Civil Veterinary Department. United Provinces 1932-42 - 1932-1942
Year: 1932
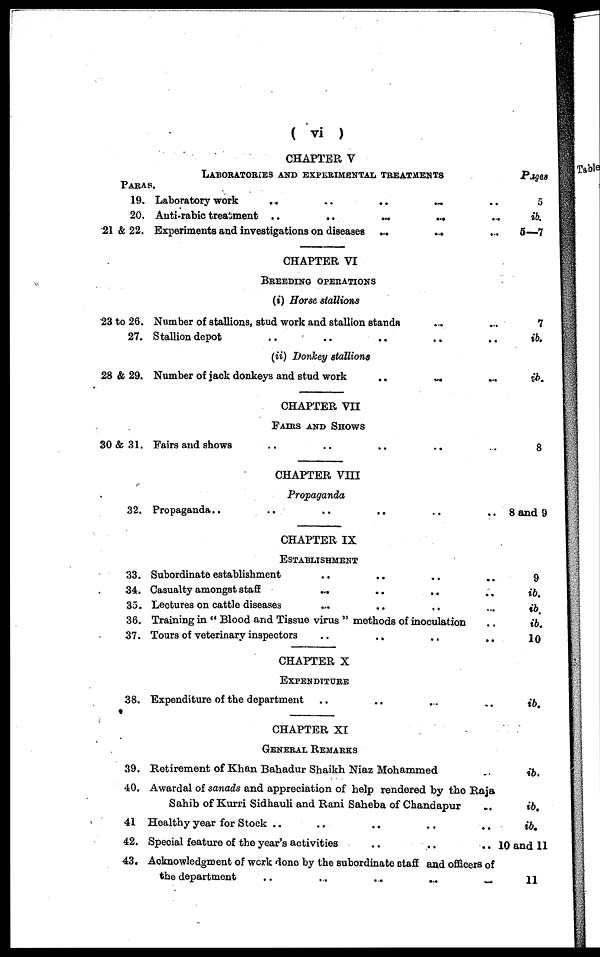
( vi )
PARAS.
19.
20.
21 & 22.
23 to 26.
27.
28 & 29.
30 & 31.
32.
33.
34.
33.
36.
37.
38.
39.
40.
41
42.
43.
CHAPTER V
LABORATORIES AND EXPERIMENTAL TREATMENTS
Laboratory work
...
..
..
..
..
Anti-rabic treatment ..
..
...
...
Experiments and investigations on diseases ...
...
CHAPTER VI
BREEDING OPERATIONS
(i) Horse stallions
Number of stallions, stud work and stallion stands .. ..
Stallion depot .. .. .. .. ..
(ii) Donkey stallions
Number of jack donkeys and stud work .. .. ..
CHAPTER VII
FAIRS AND SHOWS
Fairs and shows .. .. .. .. ..
CHAPTER VIII
Propaganda
Propaganda .. .. ..
CHAPTER IX
ESTABLISHMENT
Subordinate establishment .. .. .. ..
Casualty amongst staff .... .. ..
Lectures on cattle diseases .. .. .. ..
Training in " Blood and Tissue virus " methods of inoculation
Tours of veterinary inspectors .. .. .. ..
CHAPTER X
EXPENDITURE
Expenditure of the department .. .. .. ..
CHAPTER XI
GENERAL REMARKS
Retirement of Khan Bahadur Shaikh Niaz Mohammed
Awardal of sanads and appreciation of help rendered by the Raja
Sahib of Kurri Sidhauli and Rani Saheba of Chandapur ..
Healthy year for Stock .. .. .. .. ..
Special feature of the year's activities
.. .. ..
Acknowledgment of work done by the subordinate staff and officers of
the department
..
...
...
...
...
...
Pages
5
ib.
5—7
7
ib.
ib.
8
8 and 9
9
ib.
ib.
ib.
10
ib.
ib.
ib.
ib.
10 and 11
11